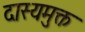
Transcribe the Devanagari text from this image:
दास्यमुक्त